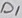
Text: D1